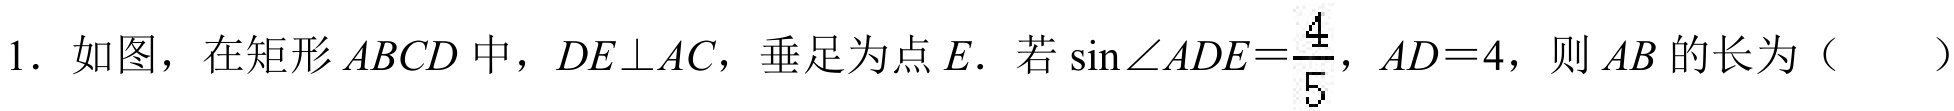
1. 如图，在矩形\(ABCD\)中，\(DE\perp AC\)，垂足为点\(E\). 若\(\sin\angle ADE=\frac{4}{5}\)，\(AD = 4\)，则\(AB\)的长为（  ）